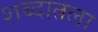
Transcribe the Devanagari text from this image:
शब्दातला